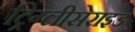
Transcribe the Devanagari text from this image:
ट्रिग्लीसेराइड